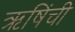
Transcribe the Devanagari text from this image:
ऋषिंची